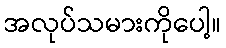
အလုပ်သမားကိုပေါ့။